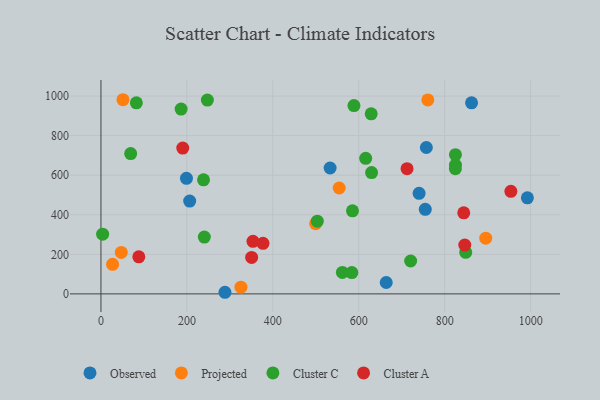
{"axis": {"x": "Ad Spend", "y": "Yield"}, "legend": ["Cluster A", "Cluster C", "Observed", "Projected"], "data": [{"x": "206.5", "y": 469.4, "type": "Observed"}, {"x": "533.3", "y": 636.5, "type": "Observed"}, {"x": "740.4", "y": 508.3, "type": "Observed"}, {"x": "757.3", "y": 740.0, "type": "Observed"}, {"x": "663.9", "y": 57.4, "type": "Observed"}, {"x": "754.8", "y": 427.4, "type": "Observed"}, {"x": "199.0", "y": 584.2, "type": "Observed"}, {"x": "288.6", "y": 8.1, "type": "Observed"}, {"x": "992.4", "y": 485.4, "type": "Observed"}, {"x": "862.5", "y": 965.9, "type": "Observed"}, {"x": "47.3", "y": 209.7, "type": "Projected"}, {"x": "27.1", "y": 149.5, "type": "Projected"}, {"x": "554.4", "y": 535.2, "type": "Projected"}, {"x": "325.8", "y": 34.0, "type": "Projected"}, {"x": "499.7", "y": 354.9, "type": "Projected"}, {"x": "760.7", "y": 980.7, "type": "Projected"}, {"x": "51.2", "y": 981.6, "type": "Projected"}, {"x": "895.5", "y": 281.7, "type": "Projected"}, {"x": "561.9", "y": 108.4, "type": "Cluster C"}, {"x": "588.8", "y": 951.8, "type": "Cluster C"}, {"x": "583.9", "y": 107.6, "type": "Cluster C"}, {"x": "69.2", "y": 709.5, "type": "Cluster C"}, {"x": "825.0", "y": 651.7, "type": "Cluster C"}, {"x": "82.4", "y": 965.9, "type": "Cluster C"}, {"x": "240.6", "y": 287.3, "type": "Cluster C"}, {"x": "825.0", "y": 703.7, "type": "Cluster C"}, {"x": "824.8", "y": 633.0, "type": "Cluster C"}, {"x": "616.1", "y": 685.1, "type": "Cluster C"}, {"x": "585.4", "y": 420.0, "type": "Cluster C"}, {"x": "629.8", "y": 613.5, "type": "Cluster C"}, {"x": "848.9", "y": 209.9, "type": "Cluster C"}, {"x": "3.9", "y": 301.6, "type": "Cluster C"}, {"x": "238.7", "y": 576.5, "type": "Cluster C"}, {"x": "720.7", "y": 166.3, "type": "Cluster C"}, {"x": "503.5", "y": 367.5, "type": "Cluster C"}, {"x": "628.9", "y": 910.2, "type": "Cluster C"}, {"x": "247.7", "y": 979.7, "type": "Cluster C"}, {"x": "186.6", "y": 934.4, "type": "Cluster C"}, {"x": "377.1", "y": 255.7, "type": "Cluster A"}, {"x": "954.0", "y": 518.5, "type": "Cluster A"}, {"x": "846.7", "y": 246.9, "type": "Cluster A"}, {"x": "844.3", "y": 409.8, "type": "Cluster A"}, {"x": "88.1", "y": 187.1, "type": "Cluster A"}, {"x": "350.7", "y": 184.3, "type": "Cluster A"}, {"x": "712.4", "y": 633.0, "type": "Cluster A"}, {"x": "353.8", "y": 265.6, "type": "Cluster A"}, {"x": "190.4", "y": 737.1, "type": "Cluster A"}]}